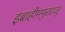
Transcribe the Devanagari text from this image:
इब्राहीमपुरराजू